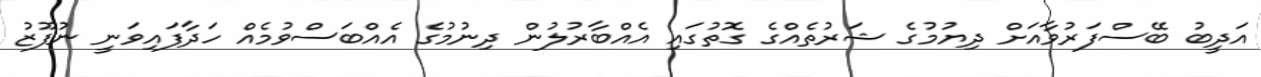
އަދީބު ބޭސްފަރުވާއަށް ދިޔުމުގެ ޝަރުތެއްގެ ގޮތުގައި އެއްބާރުލުން ދިނުމުގެ އެއްބަސްވުމެއް ހަދާފައިވަނީ ނުފޫޒު